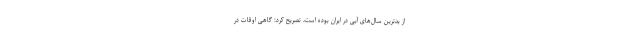
از بدترین سال‌های آبی در ایران بوده است، تصریح کرد: گاهی اوقات در